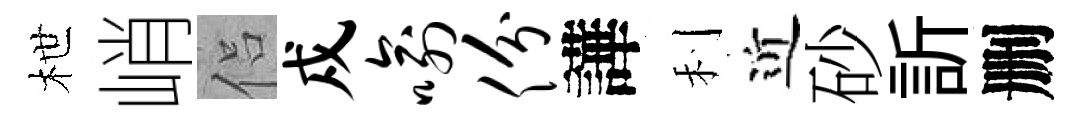
枻峭侣戍喻份譁利近砂訢删